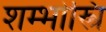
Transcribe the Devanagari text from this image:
शम्भोस्त्रि